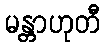
မန္တာဟုတီ